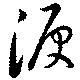
涙